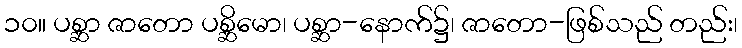
၁၀။ ပစ္ဆာ ဇာတော ပစ္ဆိမော၊ ပစ္ဆာ-နောက်၌၊ ဇာတော-ဖြစ်သည် တည်း၊